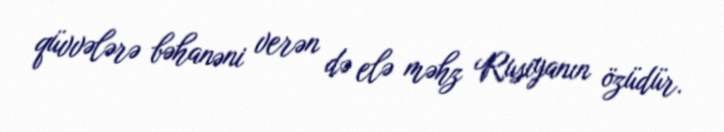
qüvvələrə bəhanəni verən də elə məhz Rusiyanın özüdür.